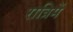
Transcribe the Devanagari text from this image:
रात्रिमें